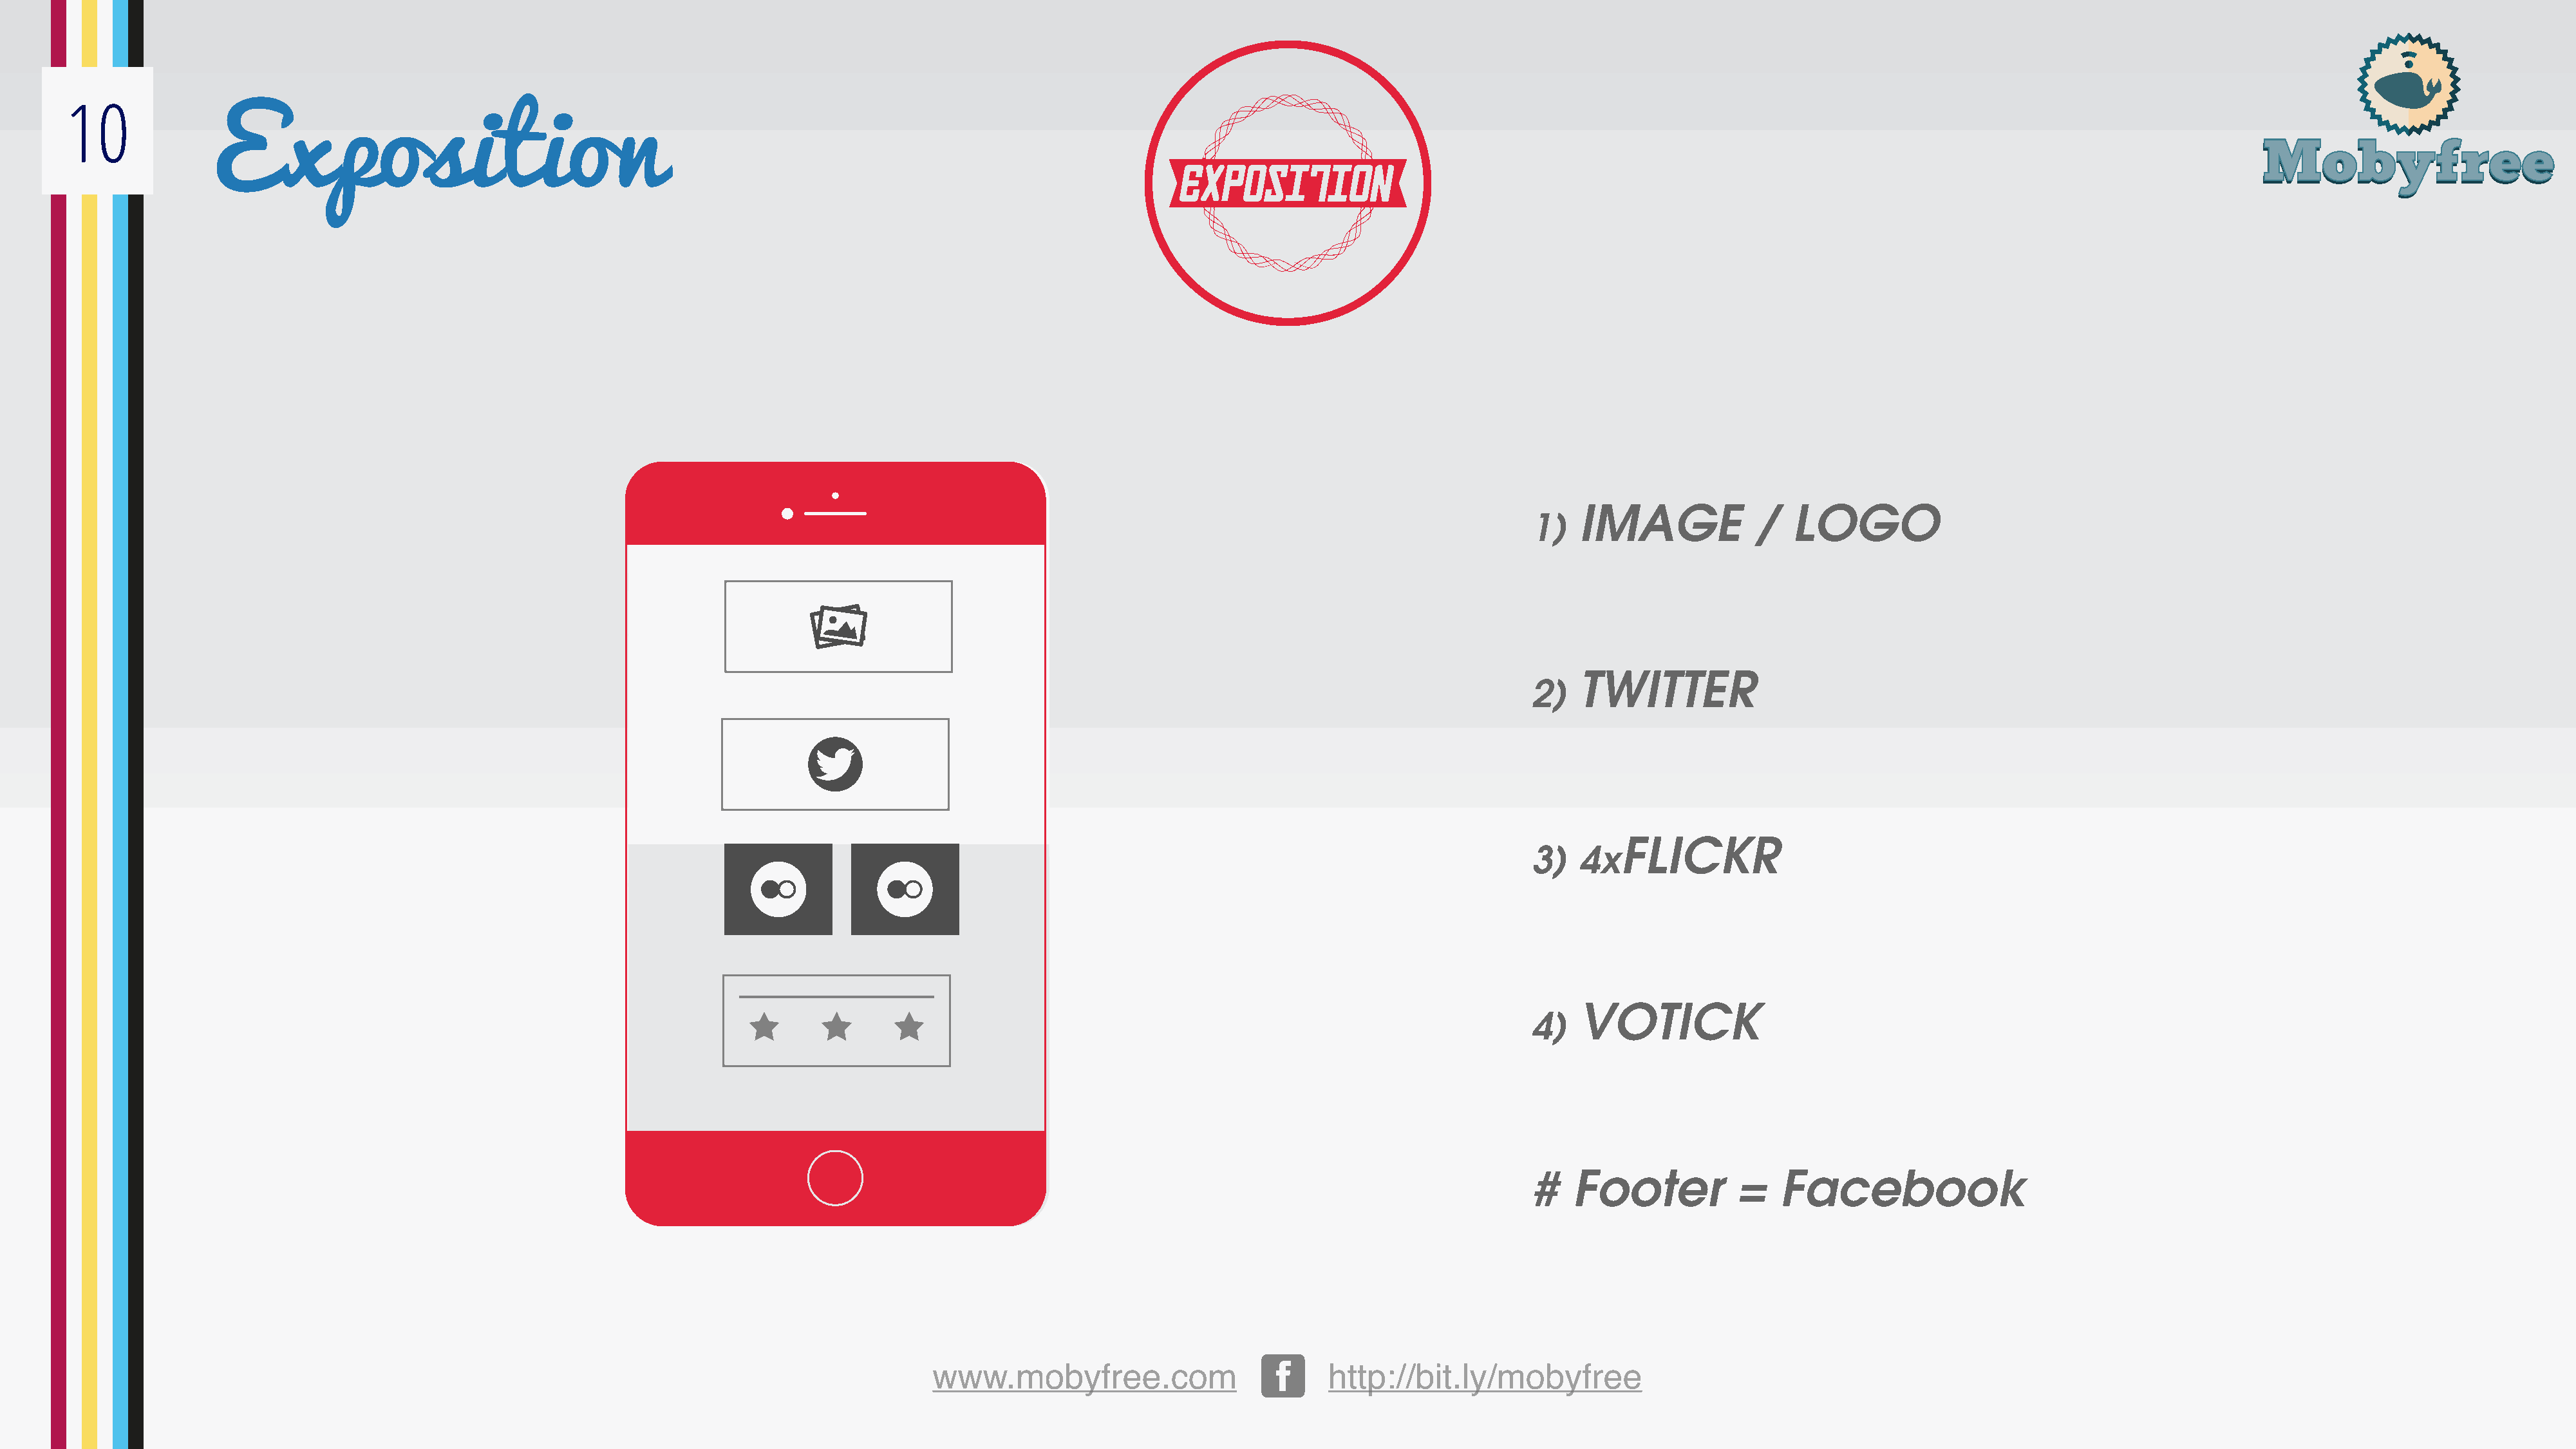
10
 Exposition
 IMAGE             /   LOGO
 1)
 TWITTER
 2)
 FLICKR
 3)   4x
 VOTICK
 4)
 #    Footer          =    Facebook
 www.mobyfree.com                         http://bit.ly/mobyfree